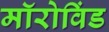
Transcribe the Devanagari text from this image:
मॉरोविंड